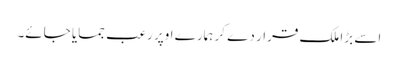
اسے بڑا ملک قرار دے کر ہمارے اوپر رعب جمایا جائے۔